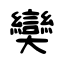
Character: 奱